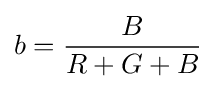
b={\frac {B}{R+G+B}}